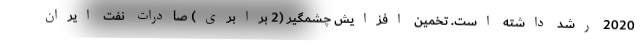
2020 رشد داشته است. تخمین افزایش چشمگیر (2 برابری) صادرات نفت ایران